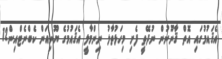
އެޤައުމުގައި އޮތް ޤާނޫނުން ނުދޭތީ ފެށި މިހަޅުތާލު ނިންމާލީ އެޤައުމުގެ ޔޫނިއަން ކެބްނެޓްއިން12